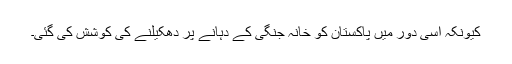
کیونکہ اسی دور میں پاکستان کو خانہ جنگی کے دہانے پر دھکیلنے کی کوشش کی گئی۔